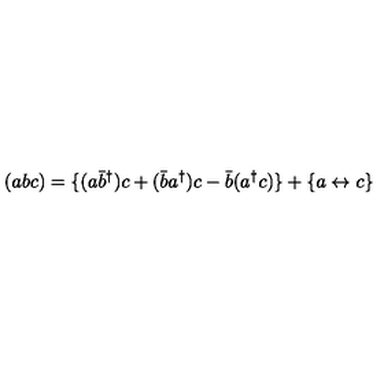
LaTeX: ( a b c ) = \{ ( a \bar { b } ^ { \dagger } ) c + ( \bar { b } a ^ { \dagger } ) c - \bar { b } ( a ^ { \dagger } c ) \} + \{ a \leftrightarrow c \}